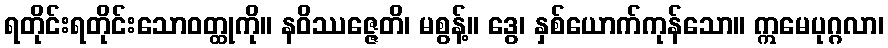
ရတိုင်းရတိုင်းသောဝတ္ထုကို။ နဝိဿဇ္ဇေတိ၊ မစွန့်။ ဒွေ၊ နှစ်ယောက်ကုန်သော။ ဣမေပုဂ္ဂလာ၊